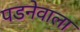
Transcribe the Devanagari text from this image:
पडनेवाला